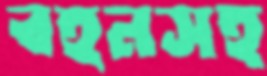
বহনসহ